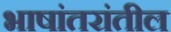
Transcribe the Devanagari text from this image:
भाषांतरांतील